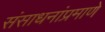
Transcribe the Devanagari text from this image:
संसाधनांप्रमाणे